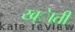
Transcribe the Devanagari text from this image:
ख्ेाती